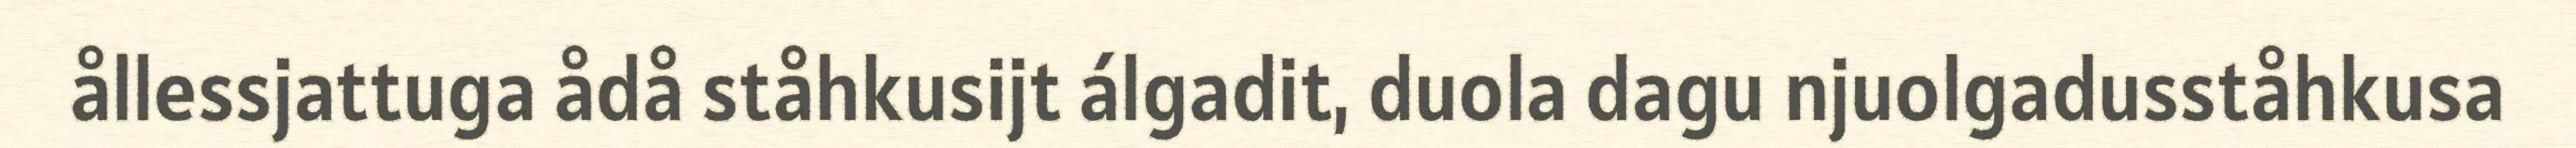
ållessjattuga ådå ståhkusijt álgadit, duola dagu njuolgadusståhkusa